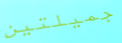
جميلتين